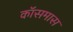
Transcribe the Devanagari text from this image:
कॉसमास